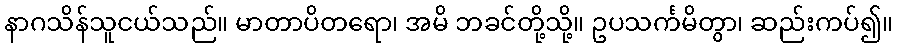
နာဂသိန်သူငယ်သည်။ မာတာပိတရော၊ အမိ ဘခင်တို့သို့။ ဥပသင်္ကမိတွာ၊ ဆည်းကပ်၍။